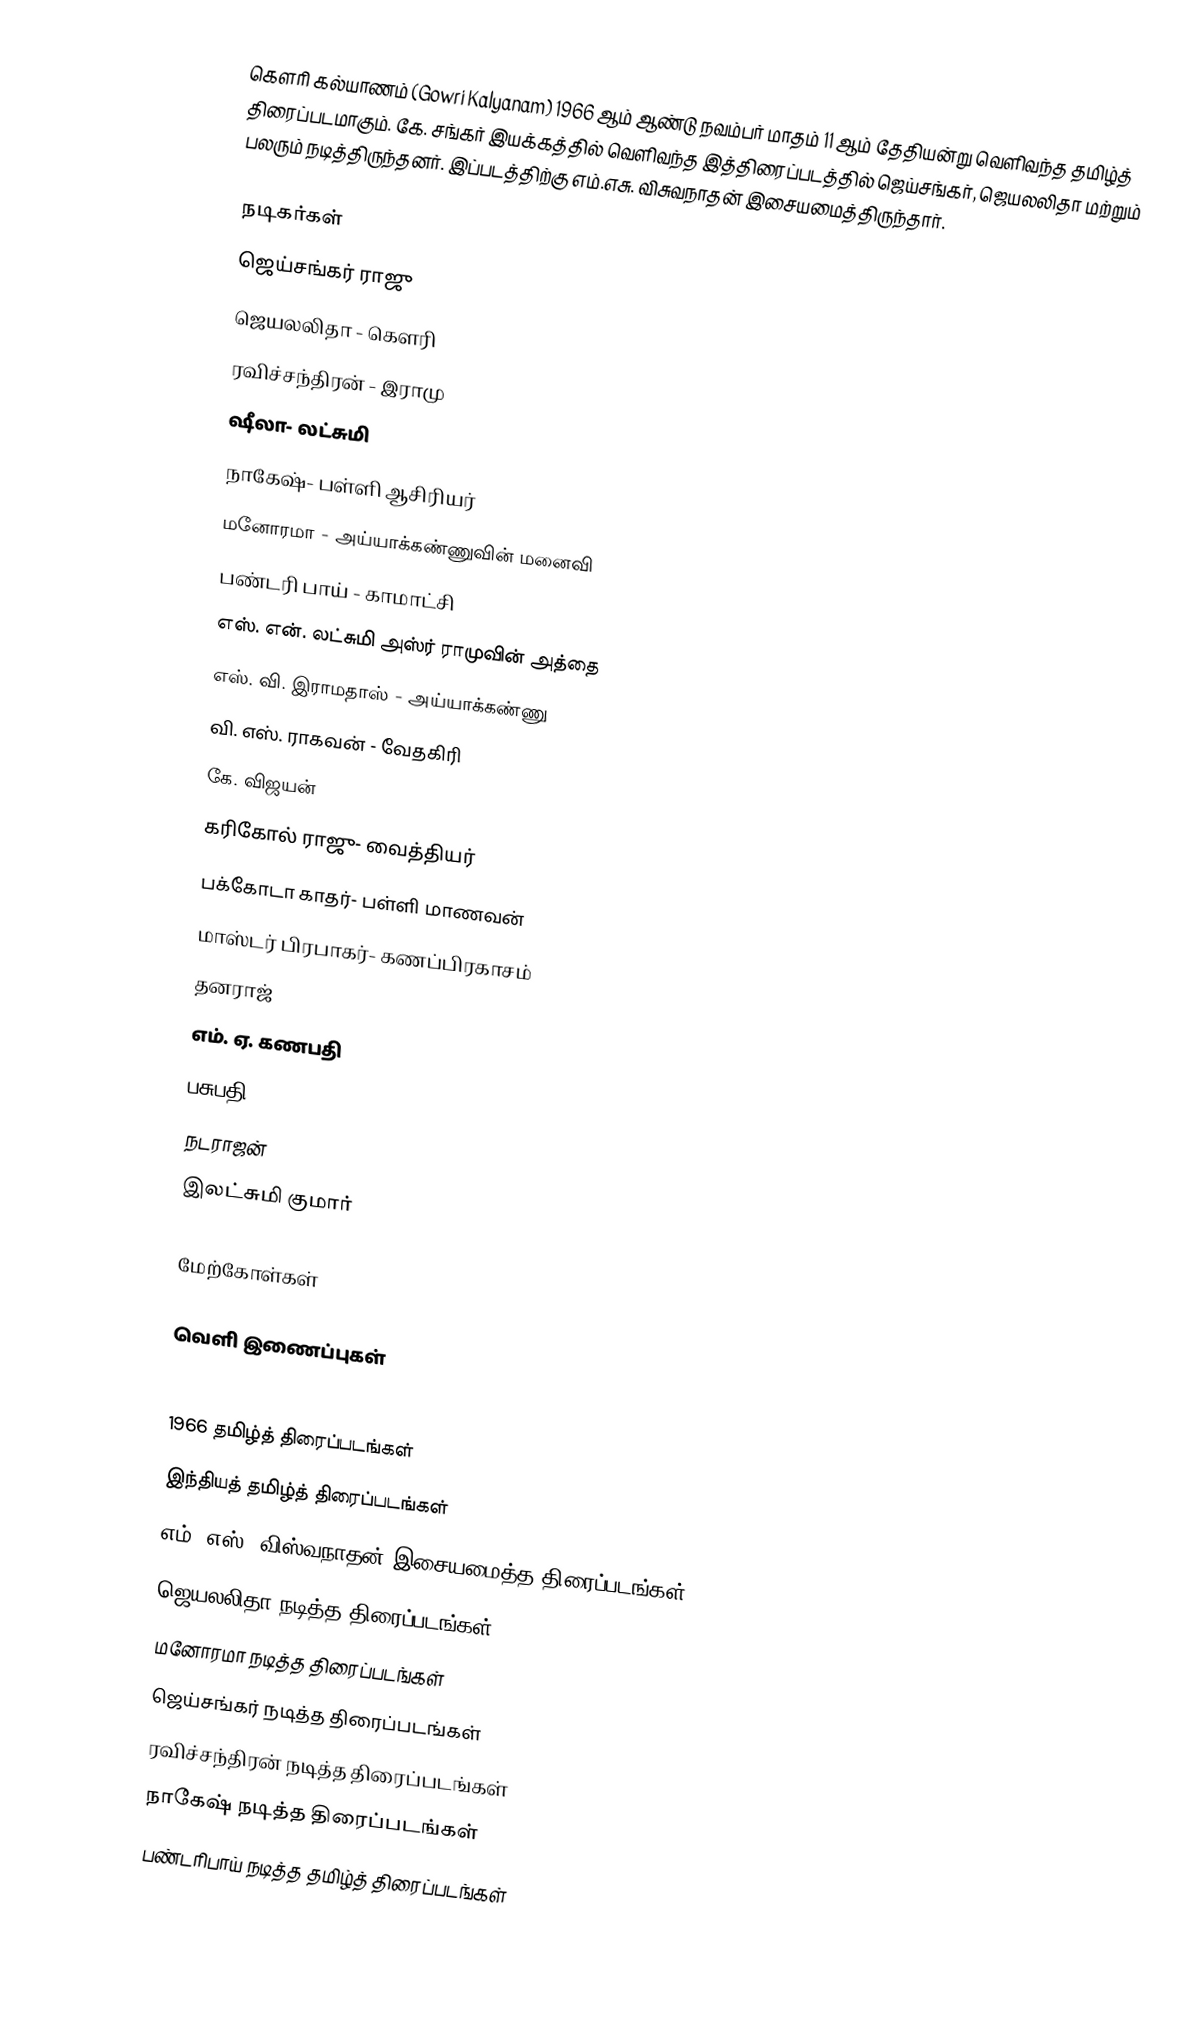
கௌரி கல்யாணம் (Gowri Kalyanam) 1966 ஆம் ஆண்டு நவம்பர் மாதம் 11 ஆம் தேதியன்று வெளிவந்த தமிழ்த் திரைப்படமாகும். கே. சங்கர் இயக்கத்தில் வெளிவந்த இத்திரைப்படத்தில் ஜெய்சங்கர், ஜெயலலிதா மற்றும் பலரும் நடித்திருந்தனர். இப்படத்திற்கு எம்.எசு. விசுவநாதன் இசையமைத்திருந்தார்.

நடிகர்கள்
 ஜெய்சங்கர் ராஜு
 ஜெயலலிதா - கௌரி
 ரவிச்சந்திரன் - இராமு
 ஷீலா- லட்சுமி
 நாகேஷ்- பள்ளி ஆசிரியர்
 மனோரமா - அய்யாக்கண்ணுவின் மனைவி
 பண்டரி பாய் - காமாட்சி
 எஸ். என். லட்சுமி அஸ்ர் ராமுவின் அத்தை
 எஸ். வி. இராமதாஸ் - அய்யாக்கண்ணு
 வி. எஸ். ராகவன் - வேதகிரி
 கே. விஜயன்
 கரிகோல் ராஜு- வைத்தியர்
 பக்கோடா காதர்- பள்ளி மாணவன்
 மாஸ்டர் பிரபாகர்- கணப்பிரகாசம்
 தனராஜ்
 எம். ஏ. கணபதி
 பசுபதி
 நடராஜன்
 இலட்சுமி குமார்

மேற்கோள்கள்

வெளி இணைப்புகள்

1966 தமிழ்த் திரைப்படங்கள்
இந்தியத் தமிழ்த் திரைப்படங்கள்
எம். எஸ். விஸ்வநாதன் இசையமைத்த திரைப்படங்கள்
ஜெயலலிதா நடித்த திரைப்படங்கள்
மனோரமா நடித்த திரைப்படங்கள்
ஜெய்சங்கர் நடித்த திரைப்படங்கள்
ரவிச்சந்திரன் நடித்த திரைப்படங்கள்
நாகேஷ் நடித்த திரைப்படங்கள்
பண்டரிபாய் நடித்த தமிழ்த் திரைப்படங்கள்